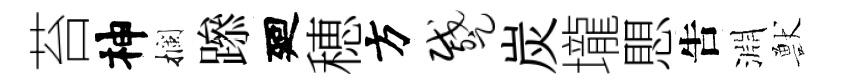
苔神攔𨅶廻穂方蹙炭壠愳吿淵獸